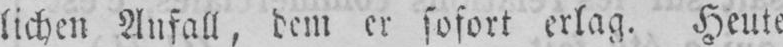
lichen Anfall, dem er sofort erlag. Heute